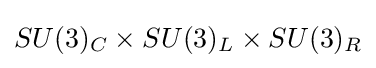
SU(3)_{C}\times SU(3)_{L}\times SU(3)_{R}